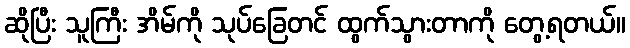
ဆိုပြီး သူကြီး အိမ်ကို သုပ်ခြေတင် ထွက်သွားတာကို တွေ့ရတယ်။